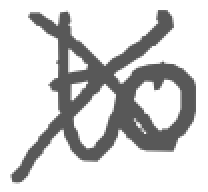
Text: to
Cross-out: mix
Writing tool: digital_gray